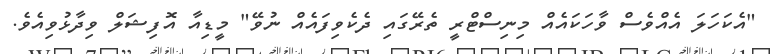
"އެކަހަލަ އެއްވެސް ވާހަކައެއް މިނިސްޓްރީ ތެރޭގައި ދެކެވިފައެއް ނުވޭ" މީޑިއާ އޮފިޝަލް ވިދާޅުވިއެވެ.